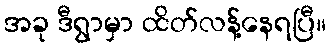
အခု ဒီရွာမှာ ထိတ်လန့်နေရပြီ။